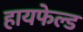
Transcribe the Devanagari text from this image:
हायफेल्ड